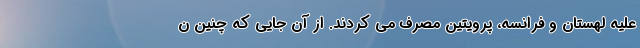
علیه لهستان و فرانسه، پرویتین مصرف می کردند. از آن جایی که چنین ن